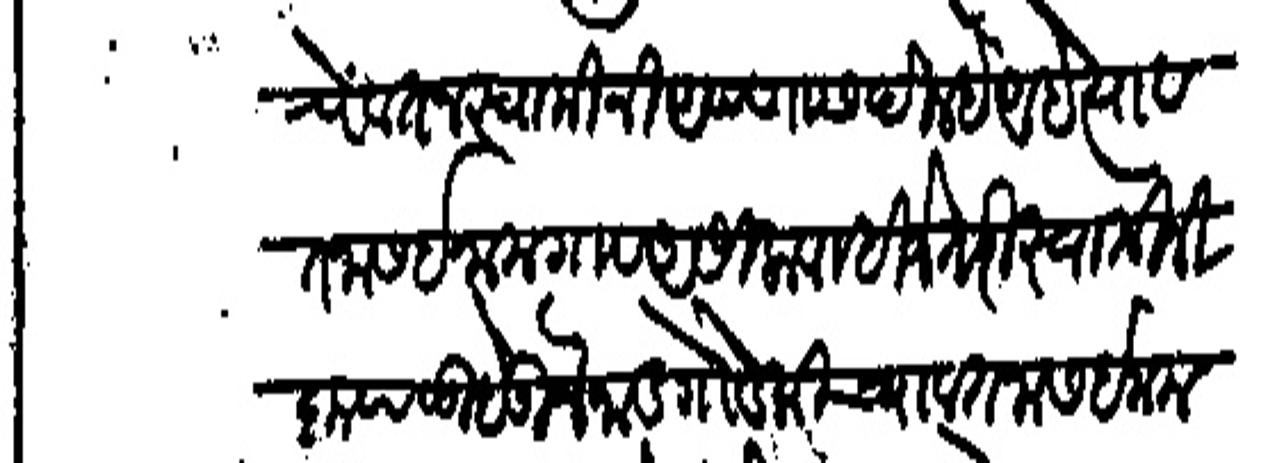
Transliteration (Devanagari): चे वतन स्वामीनी आपणास दिल्हे आहे त्या व तनास इनामगाव असीला पाहिजे तरी स्वामीनी कृंपाळू होऊन नाडगोडकीच्या वतनास इनाम